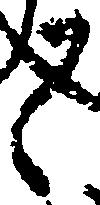
之